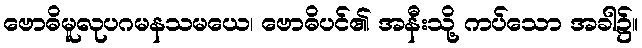
ဗောဓိမူလုပဂမနသမယေ၊ ဗောဓိပင်၏ အနီးသို့ ကပ်သော အခါ၌။